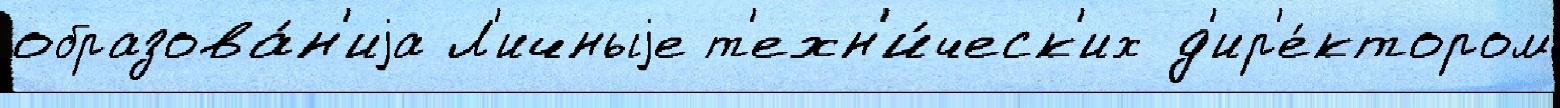
образова́н'иjа Л'ичныjе т'ехн'и́ческ'их д'ир'е́ктором